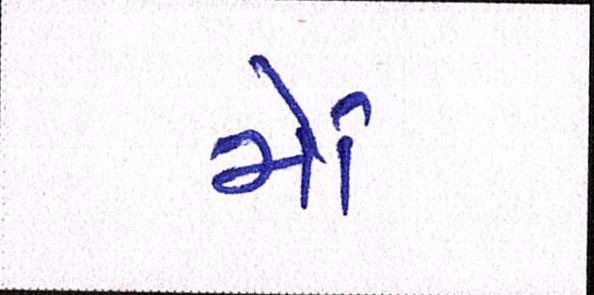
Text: મોં